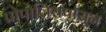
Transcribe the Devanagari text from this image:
प्रोपोलिसपासून